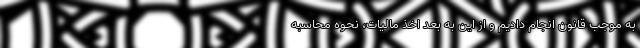
به موجب قانون انجام دادیم و از این به بعد اخذ مالیات، نحوه محاسبه